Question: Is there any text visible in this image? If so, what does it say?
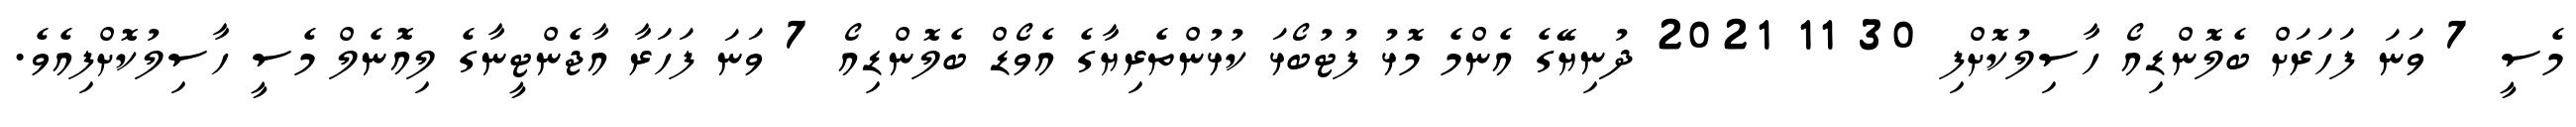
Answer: މެސީ 7 ވަނަ ފަހަރަށް ބެލޮންޑިއޯ ހާސިލުކޮށްފި 30 11 2021 ދުނިޔޭގެ އެންމެ މޮޅު ފުޓުބޯޅަ ކުޅުންތެރިޔާގެ އެވޯޑް ބެލޮންޑިއޯ 7 ވަނަ ފަހަރާ އާޖެންޓީނާގެ ލިއޮނެލް މެސީ ހާސިލުކޮށްފިއެވެ.